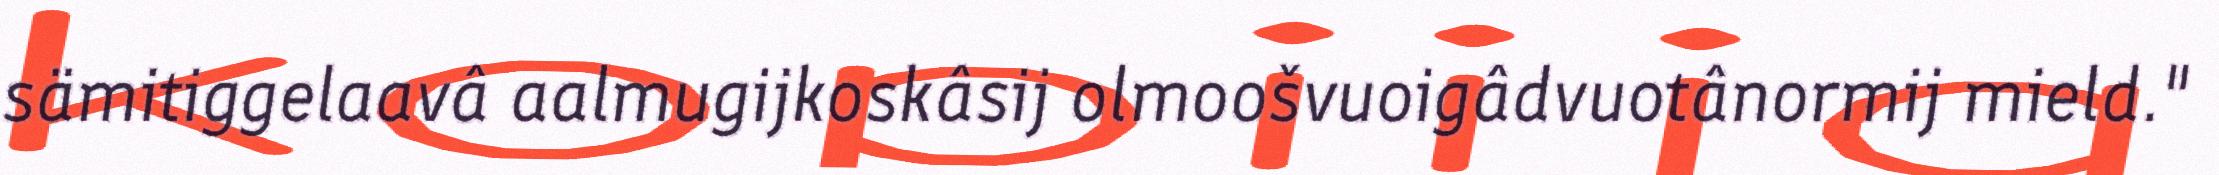
sämitiggelaavâ aalmugijkoskâsij olmoošvuoigâdvuotânormij mield."